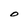
Character: O